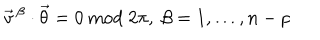
\vec { v } \, ^ { \beta } \cdot \vec { \theta } = 0 \mathrm { ~ m o d ~ } 2 \pi , \ \beta = 1 , \ldots , n - p